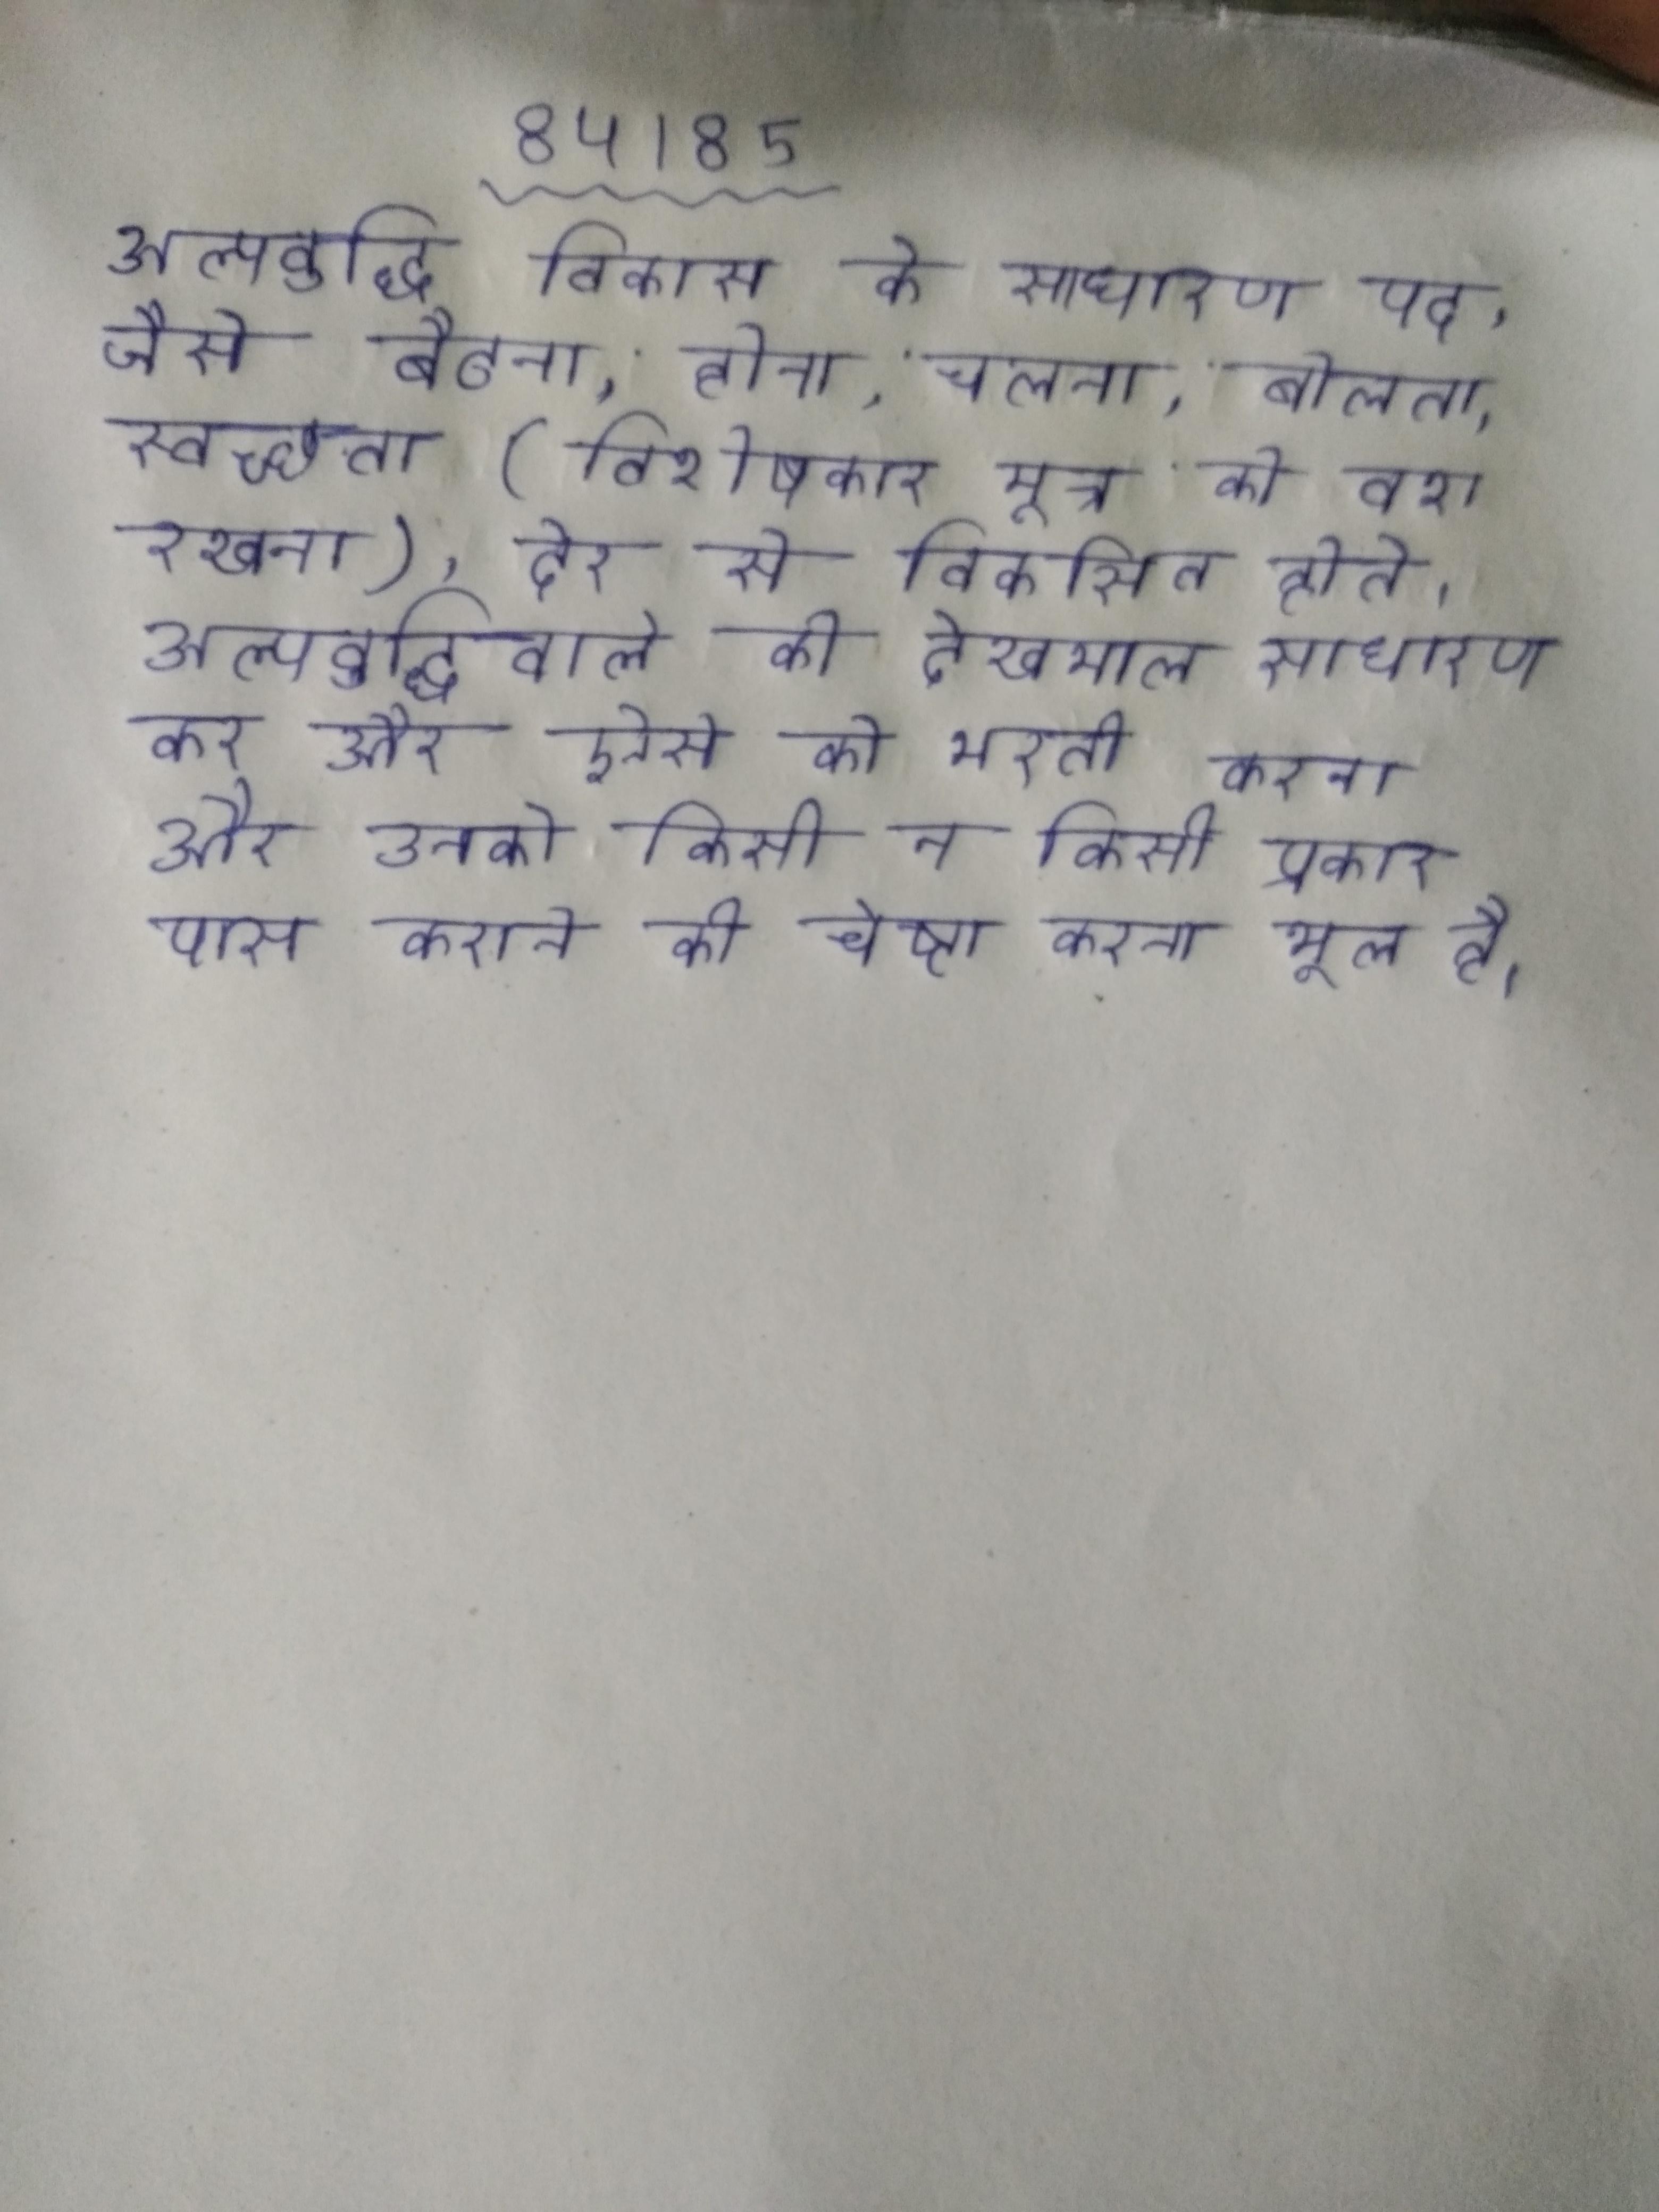
अल्पबुद्धि विकास के साधारण पद, जैसे बैठना, होना, चलना, बोलना, स्वच्छता (विशेषकर मूत्र को वश रखना), देर से विकसित होते । अल्पबुद्धिवाले की देखभाल साधारण कर और ऐसे को भरती करना और उनको किसी न किसी प्रकार पास कराने की चेष्टा करना भूल है ।